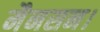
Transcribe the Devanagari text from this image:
मैनसन।